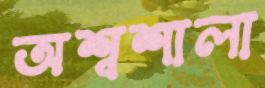
অশ্বশালা